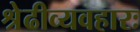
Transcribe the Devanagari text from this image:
श्रेढीव्यवहारः